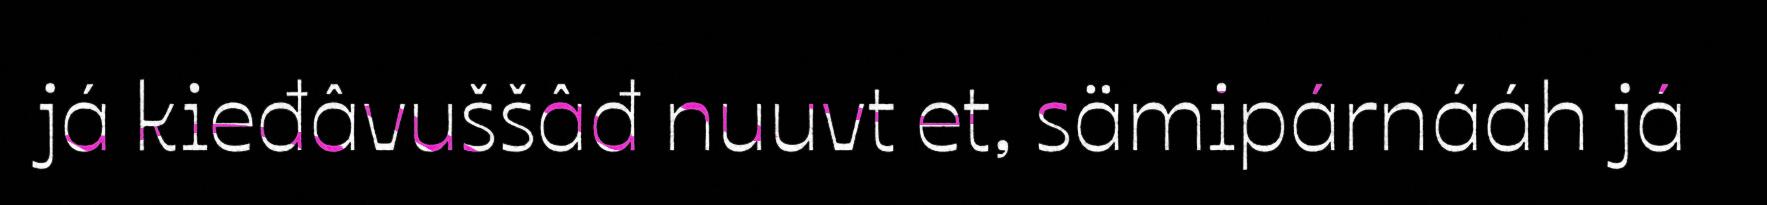
já kieđâvuššâđ nuuvt et, sämipárnááh já